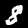
Digit: 8